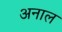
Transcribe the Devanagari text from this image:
अनाल